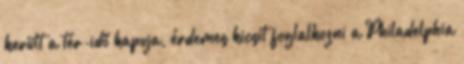
került a tér-idő kapuja, érdemes kicsit foglalkozni a Philadelphia